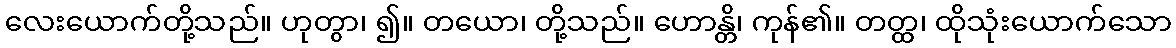
လေးယောက်တို့သည်။ ဟုတွာ၊ ၍။ တယော၊ တို့သည်။ ဟောန္တိ၊ ကုန်၏။ တတ္ထ၊ ထိုသုံးယောက်သော